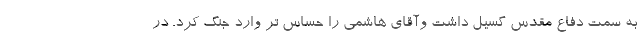
به سمت دفاع مقدس گسیل داشت وآقای هاشمی را حساس تر وارد جنگ کرد. در